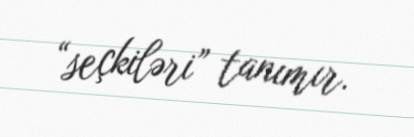
“seçkiləri” tanımır.